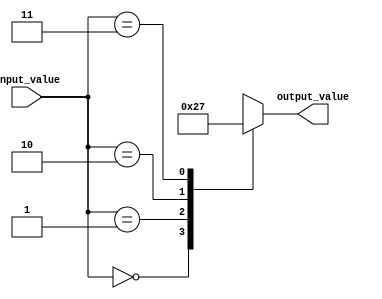
module full_case_statement (
    input [1:0] input_value,
    output reg [1:0] output_value
);

always @*
begin
    case (input_value)
        2'b00: output_value = 2'b00; // case condition for input value 00
        2'b01: output_value = 2'b10; // case condition for input value 01
        2'b10: output_value = 2'b01; // case condition for input value 10
        2'b11: output_value = 2'b11; // case condition for input value 11
        default: output_value = 2'b00; // default case condition
    endcase
end

endmodule